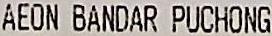
AEON BANDAR PUCHONG